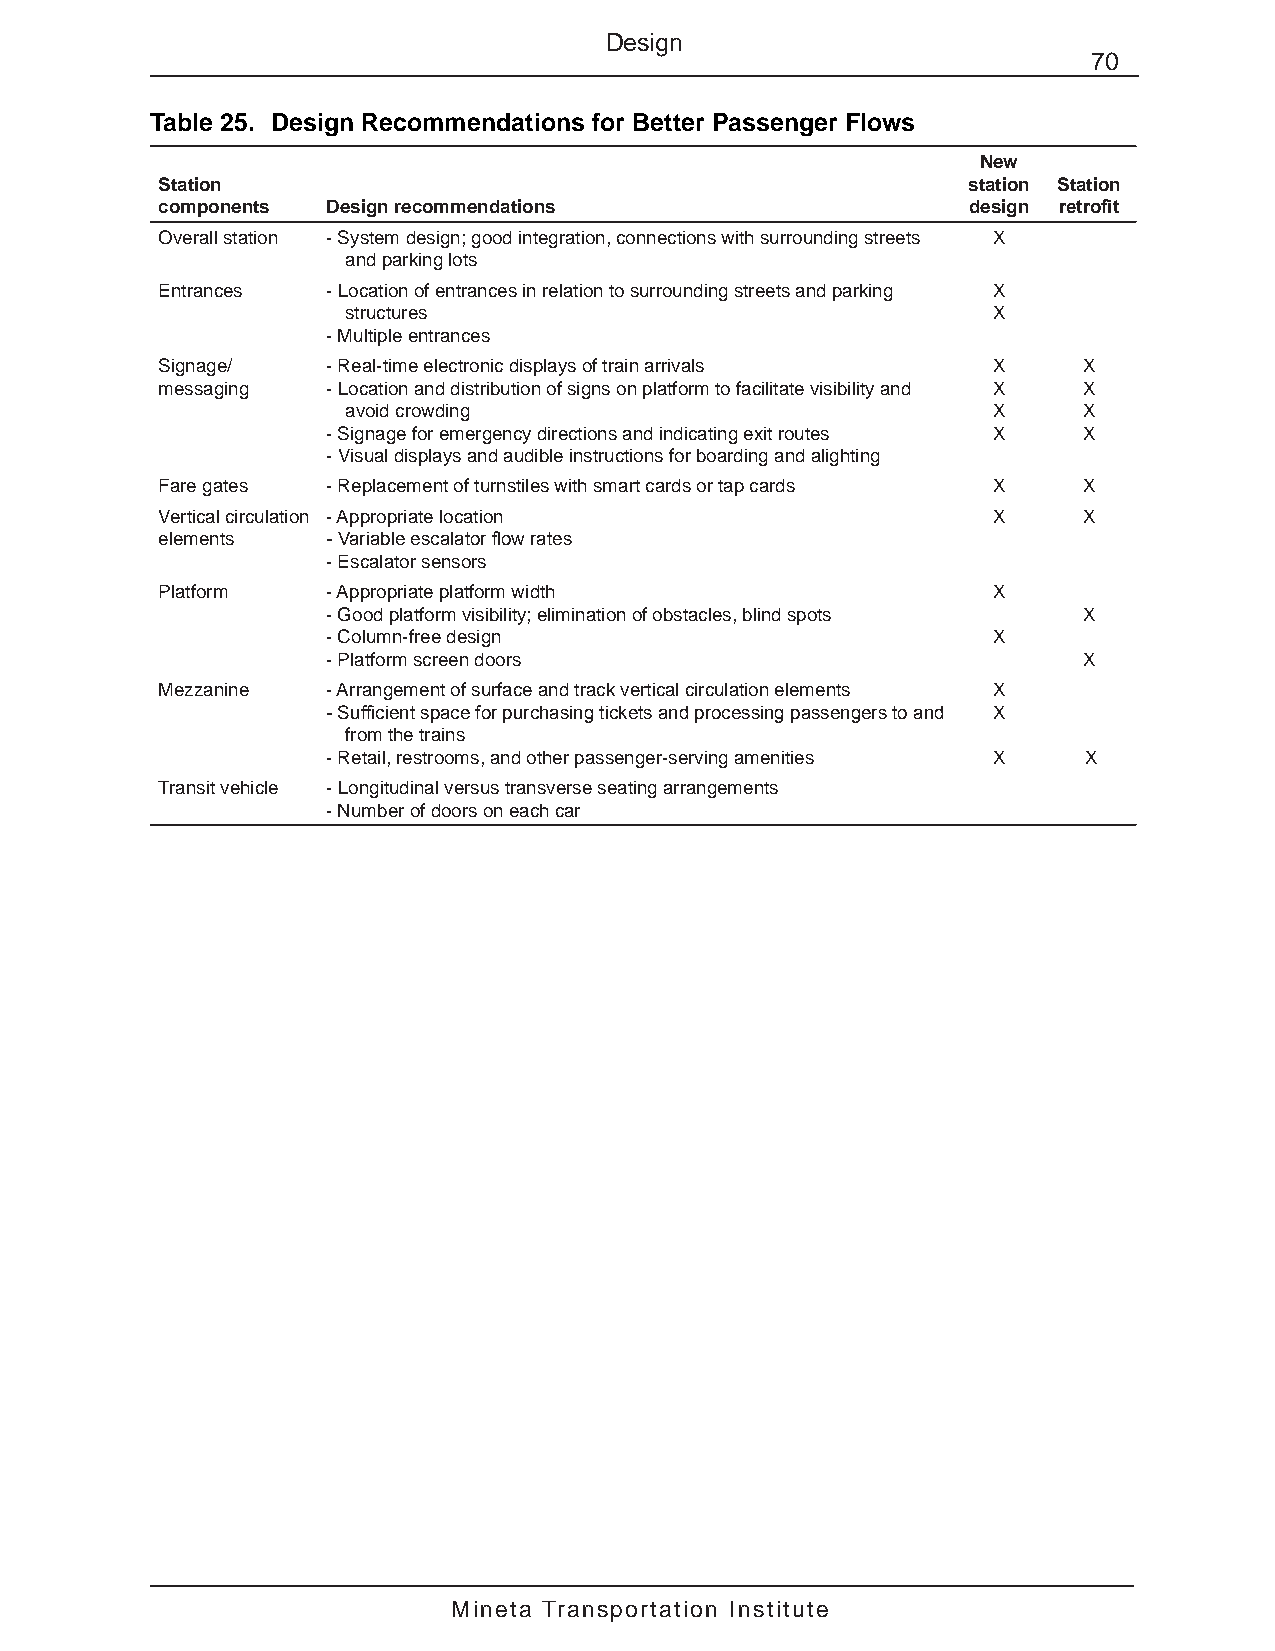
Design
 70
 Table 25. Design Recommendations for Better Passenger Flows
 New
 Station                                               station Station
 components  Design recommendations                    design retrofit
 Overall station - System design; good integration, connections with surrounding streets X
 and parking lots
 Entrances   - Location of entrances in relation to surrounding streets and parking X
 structures                                 X
 - Multiple entrances
 Signage/    - Real-time electronic displays of train arrivals X X
 messaging   - Location and distribution of signs on platform to facilitate visibility and X X
 avoid crowding                             X     X
 - Signage for emergency directions and indicating exit routes X X
 - Visual displays and audible instructions for boarding and alighting
 Fare gates  - Replacement of turnstiles with smart cards or tap cards X X
 Vertical circulation - Appropriate location             X     X
 elements    - Variable escalator flow rates
 - Escalator sensors
 Platform    - Appropriate platform width                X
 - Good platform visibility; elimination of obstacles, blind spots X
 - Column-free design                        X
 - Platform screen doors                           X
 Mezzanine   - Arrangement of surface and track vertical circulation elements X
 - Sufficient space for purchasing tickets and processing passengers to and X
 from the trains
 - Retail, restrooms, and other passenger-serving amenities X X
 Transit vehicle - Longitudinal versus transverse seating arrangements
 - Number of doors on each car
 Mineta Transportation Institute